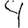
Digit: 4